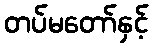
တပ်မတော်နှင့်